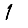
Digit: 1